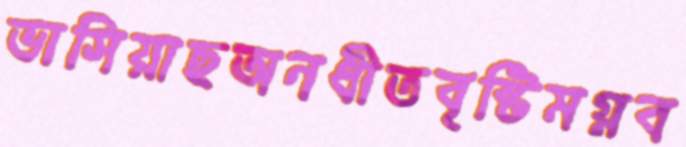
ভাসিয়াছঅনধীতবৃষ্টিমগ্নব